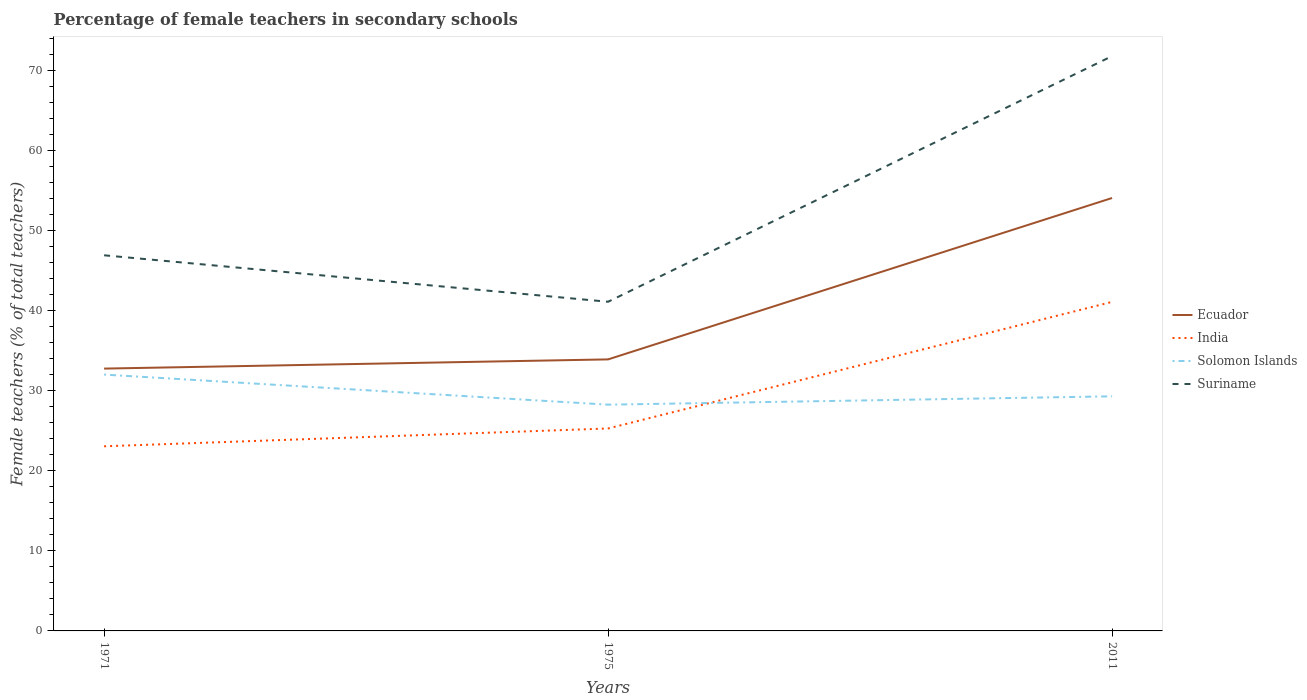
| Years | Ecuador | India | Solomon Islands | Suriname |
 | --- | --- | --- | --- | --- |
 | 1971 | 32.7 | 23 | 32 | 46.9 |
 | 1975 | 33.9 | 25.3 | 28.2 | 41.1 |
 | 2011 | 54 | 41.1 | 29.3 | 71.8 |